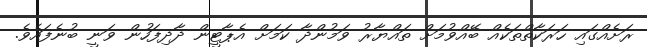
ރަށެއްގައި ހަރަކާތްތަކެއް ބޭއްވުމަށް ތައްޔާރު ވަމުންދާ ކަމަށް އެޕާޓީން ދާދިފަހުން ވަނީ ބުނެފައެވެ.